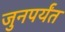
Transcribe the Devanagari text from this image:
जुनपर्यंत